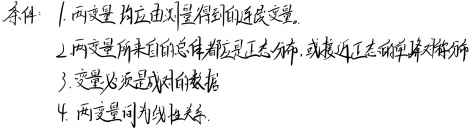
条件：
1. 两变量均应由测量得到的连续变量。
2. 两变量所来自的总体都应是正态分布，或接近正态的单峰对称分布。
3. 变量必须是成对的数据。
4. 两变量间为线性关系。